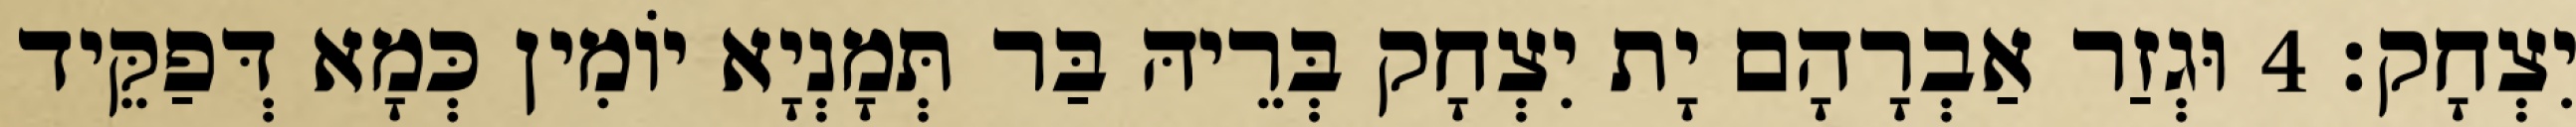
יִצְחָק׃ 4 וּגְזַר אַבְרָהָם יָת יִצְחָק בְּרֵיהּ בַּר תְּמָנְיָא יוֹמִין כְּמָא דְּפַקֵּיד